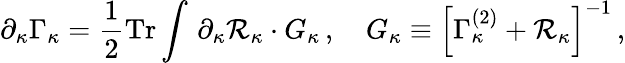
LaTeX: \partial_{\kappa}\Gamma_{\kappa}=\frac 12\mathrm{Tr}\int\, \partial_{\kappa}{\cal R}_{\kappa}\cdot G_{\kappa}\, ,\quad G_{\kappa}\equiv\Big[\Gamma_{\kappa}^{(2)}+{\cal R}_{\kappa}\Big]^{-1}\, ,